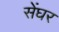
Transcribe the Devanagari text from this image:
सेंघर